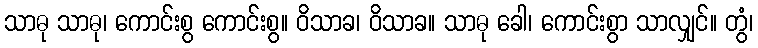
သာဓု သာဓု၊ ကောင်းစွ ကောင်းစွ။ ဝိသာခ၊ ဝိသာခ။ သာဓု ခေါ၊ ကောင်းစွာ သာလျှင်။ တွံ၊